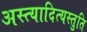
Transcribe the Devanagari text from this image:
अस्त्यादित्यस्तुति